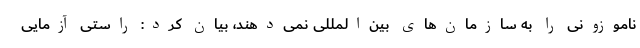
ناموزونی را به سازمان‌های بین‌المللی نمی‌دهند، بیان کرد: راستی آزمایی